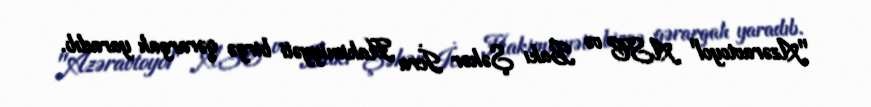
"Azəravtoyol" ASC və Bakı Şəhər İcra Hakimiyyəti birgə qərargah yaradıb.